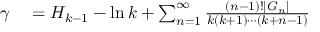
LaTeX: \begin{array} { r l r l } { \gamma } & { { } = H _ { k - 1 } - \ln k + \sum _ { n = 1 } ^ { \infty } { \frac { ( n - 1 ) ! | G _ { n } | } { k ( k + 1 ) \cdots ( k + n - 1 ) } } } & { } & { { } } \end{array}